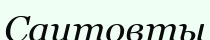
Саитовты